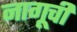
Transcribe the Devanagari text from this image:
नागूची